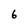
Character: 6